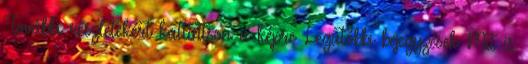
További részletekért kattintson a képre Legutóbbi bejegyzések Mit is